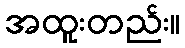
အထူးတည်း။